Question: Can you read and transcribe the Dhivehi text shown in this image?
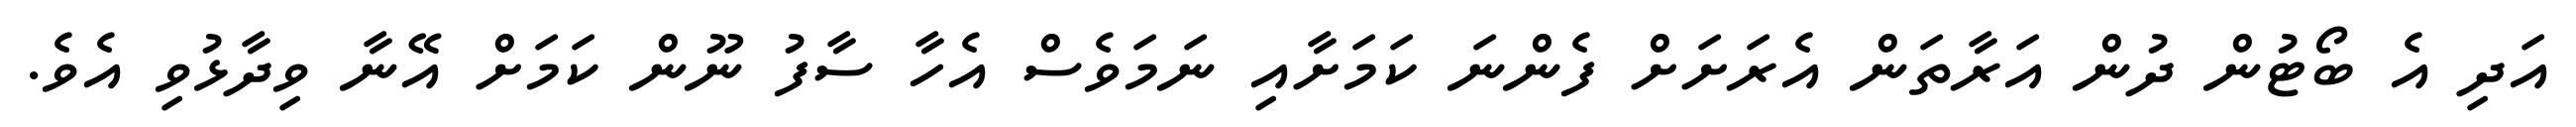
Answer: އަދި އެ ބޯޓުން ދުން އަރާތަން އެރަށަށް ފެންނަ ކަމަށާއި ނަމަވެސް އެހާ ސާފު ނޫން ކަމަށް އޭނާ ވިދާޅުވި އެވެ.